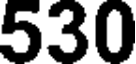
530